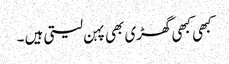
کبھی کبھی گھڑی بھی پہن لیتی ہیں ۔